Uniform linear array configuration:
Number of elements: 48
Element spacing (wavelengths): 1
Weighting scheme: hamming
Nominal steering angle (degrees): -60
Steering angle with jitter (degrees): -59.865
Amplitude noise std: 0.05
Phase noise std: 0.05

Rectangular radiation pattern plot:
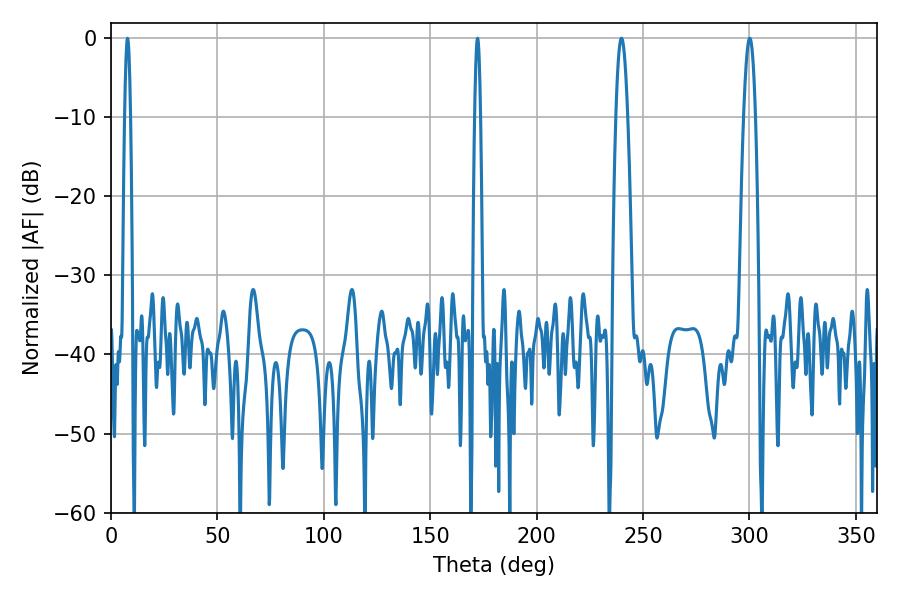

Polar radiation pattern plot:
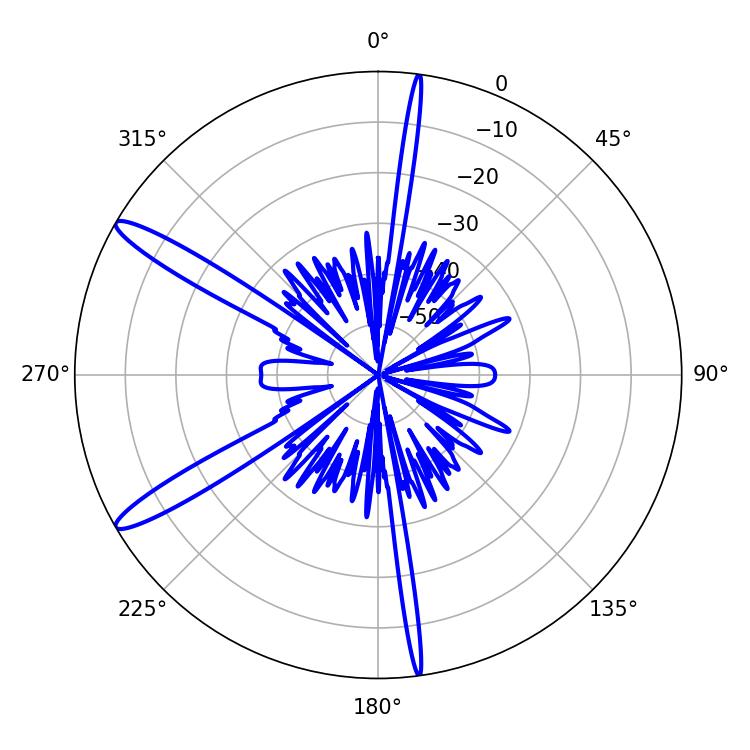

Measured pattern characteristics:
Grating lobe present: TRUE
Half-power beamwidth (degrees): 1.44
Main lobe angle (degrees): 172.26